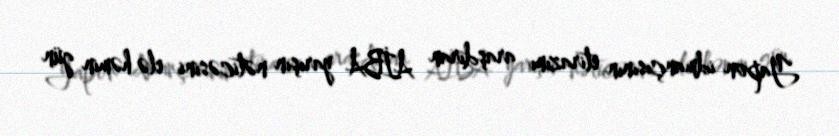
Yapon idmançısının etirazını araşdıran AİBA yarışın nəticəsini elə həmin gün